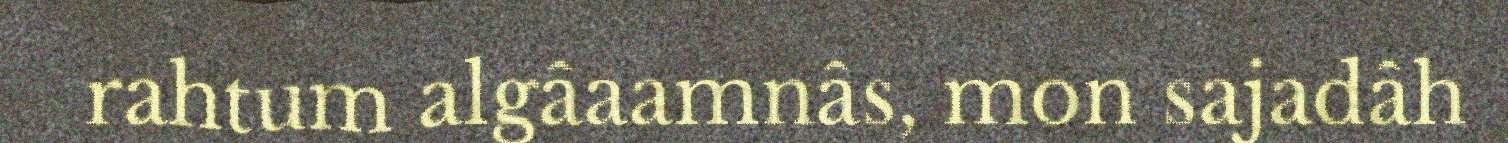
rahtum algâaamnâs, mon sajadâh